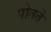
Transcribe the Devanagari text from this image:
पोतते